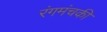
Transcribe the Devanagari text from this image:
रंगमंचकी